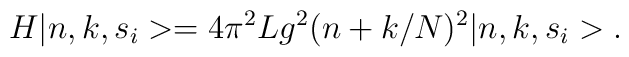
H\vert n,k,s_i>=4\pi^2 Lg^2(n+k/N)^2\vert n,k,s_i>.